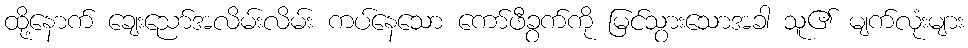
ထို့နောက် ချေးညော်အလိမ်းလိမ်း ကပ်နေသော ကော်ဖီခွက်ကို မြင်သွားသောအခါ သူ၏ မျက်လုံးများ